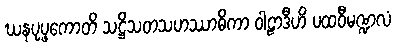
ဃနပုပ္ဖကောတိ သဋ္ဌိသတသဟဿာဓိကာ ဝါဠာဒီဟိ ပထဝီမဏ္ဍလံ